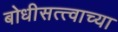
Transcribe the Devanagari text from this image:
बोधीसत्त्वाच्या